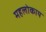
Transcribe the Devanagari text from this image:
महलोकाय